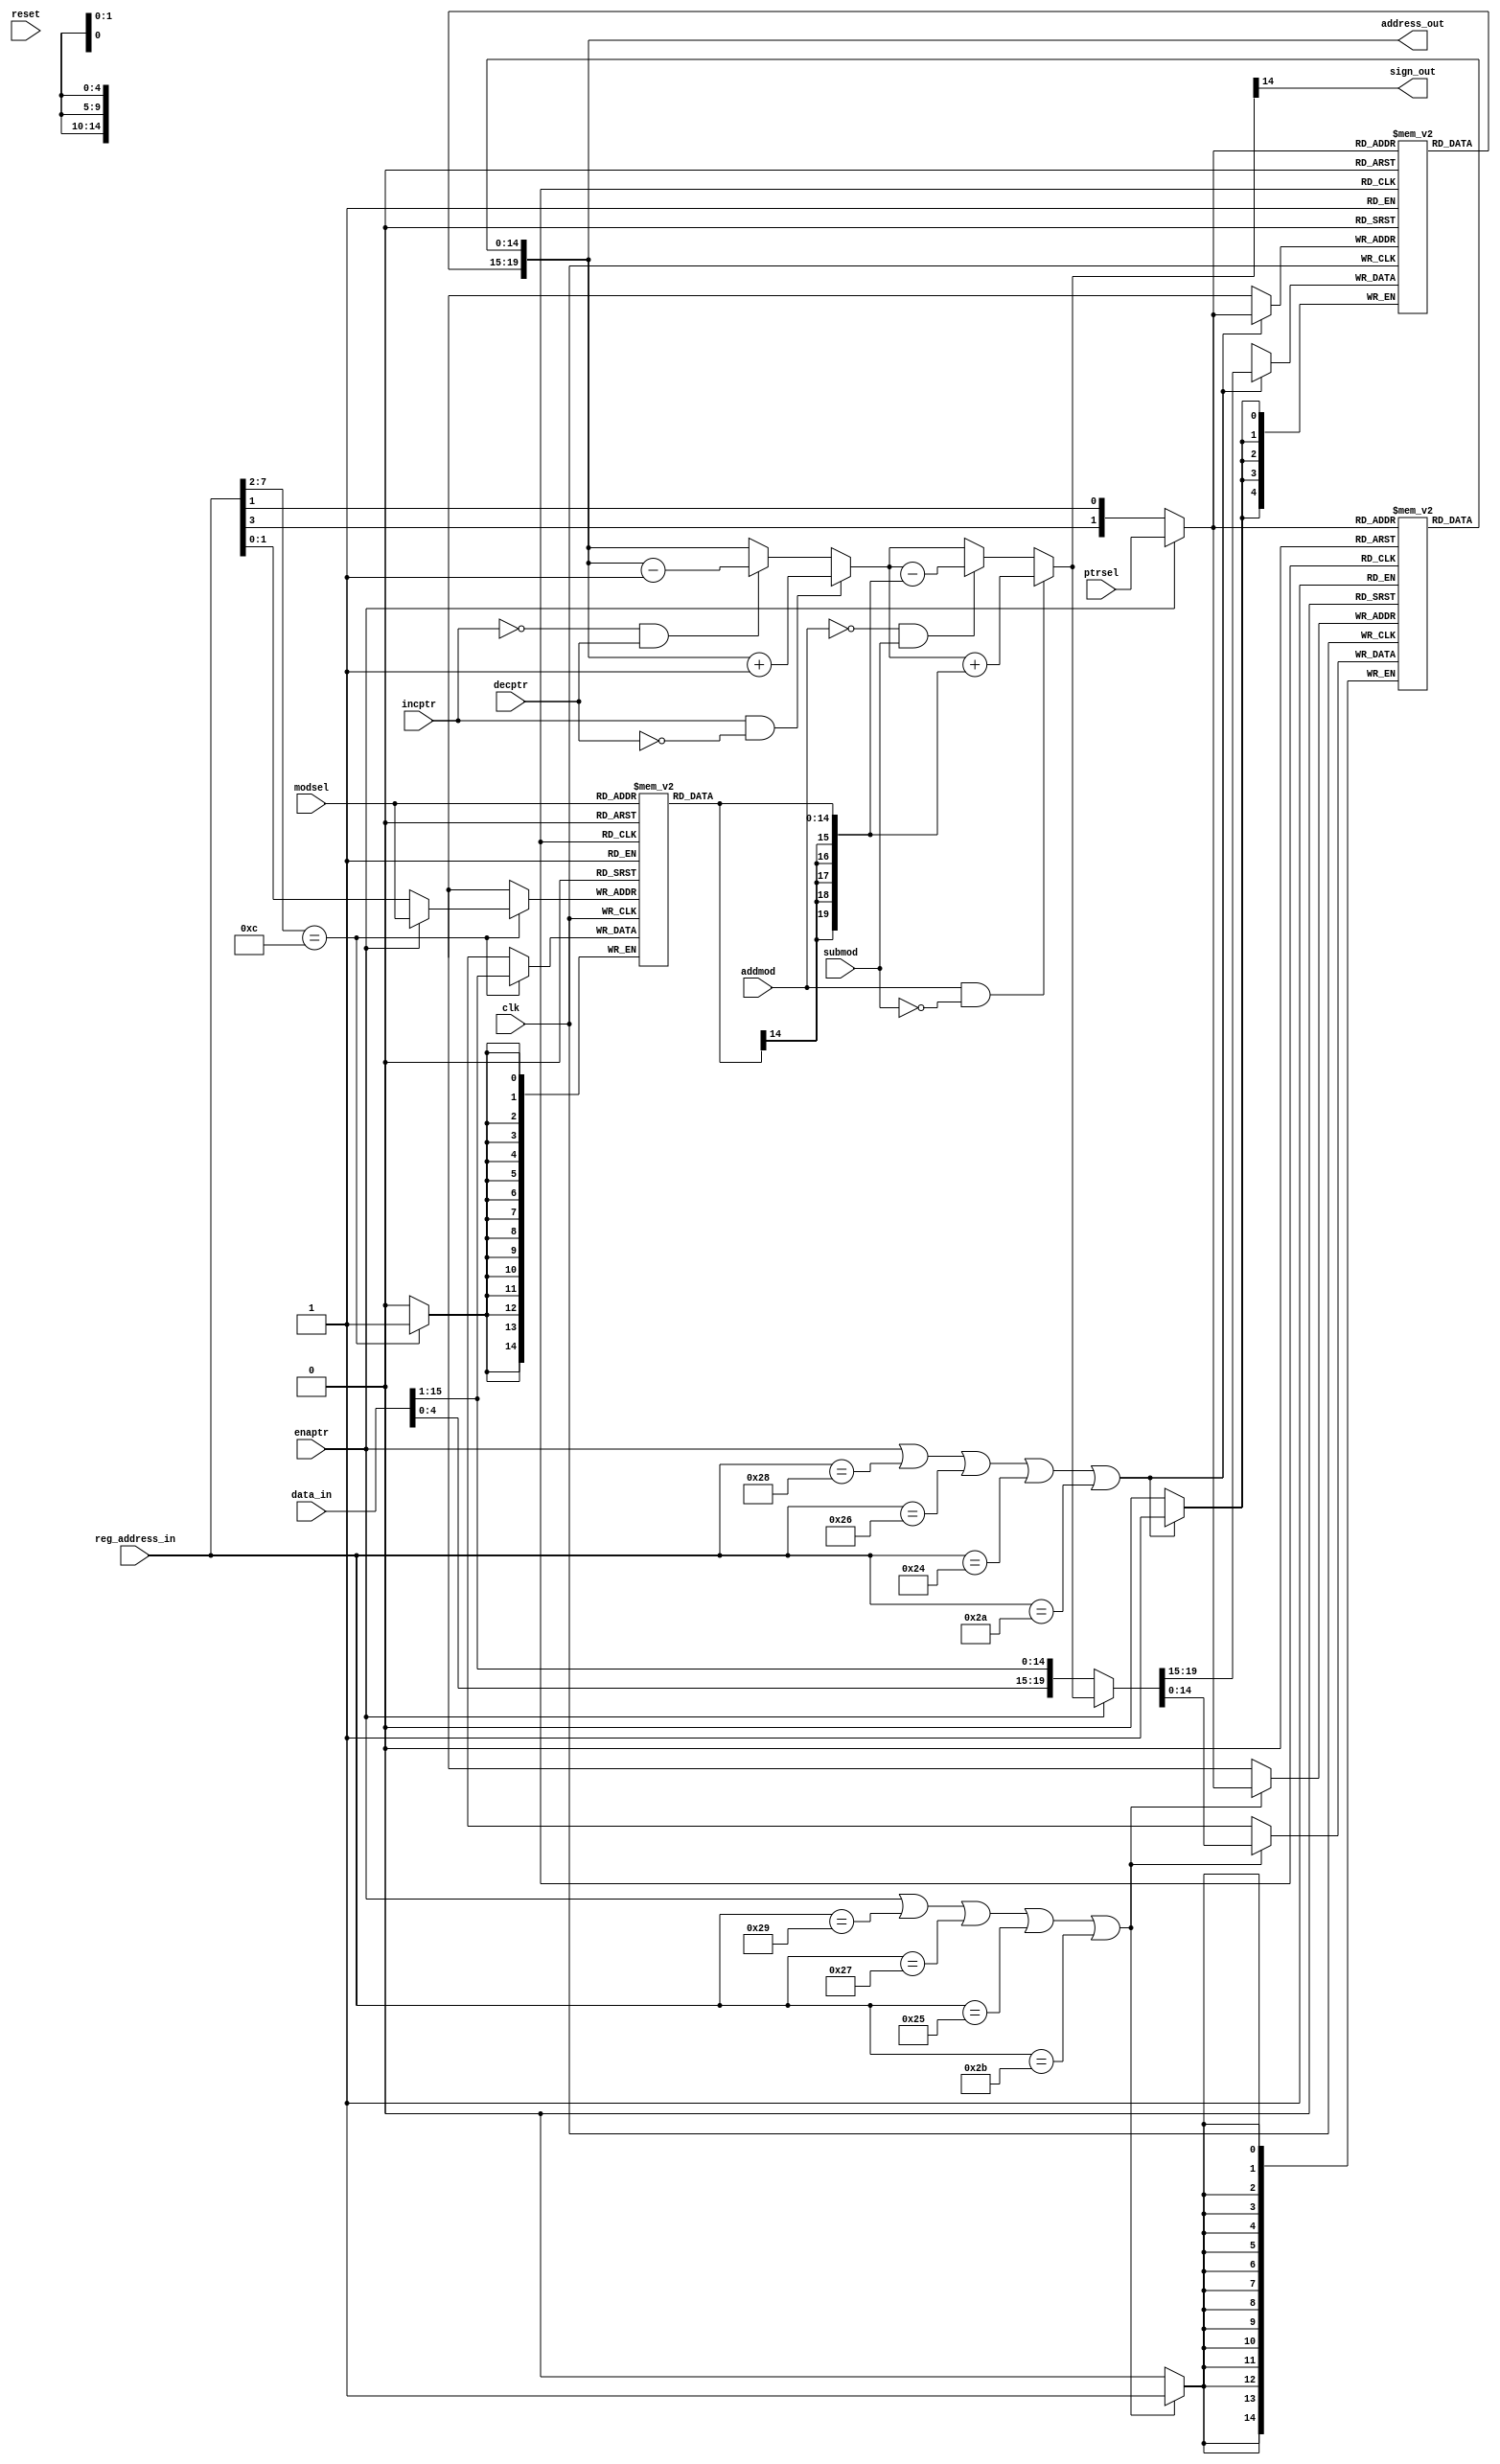
module address_generator_1
(
	input	clk,					
	input	reset,					
	input	[1:0] ptrsel,			
	input	[1:0] modsel,			
	input	enaptr,					
	input	incptr,					
	input	decptr,					
	input	addmod,					
	input	submod,					
	output	sign_out,				
	input	[15:0] data_in,			
	input	[8:1] reg_address_in,	
	output	[20:1] address_out		
);
parameter BLTAMOD = 9'h064;
parameter BLTBMOD = 9'h062;
parameter BLTCMOD = 9'h060;
parameter BLTDMOD = 9'h066;
parameter BLTAPTH = 9'h050;
parameter BLTAPTL = 9'h052;
parameter BLTBPTH = 9'h04c;
parameter BLTBPTL = 9'h04e;
parameter BLTCPTH = 9'h048;
parameter BLTCPTL = 9'h04a;
parameter BLTDPTH = 9'h054;
parameter BLTDPTL = 9'h056;
parameter CHA = 2'b10;			
parameter CHB = 2'b01;			
parameter CHC = 2'b00;			
parameter CHD = 2'b11;			
wire 	[1:0]	bltptr_sel;		
wire 	[20:1]	bltptr_in;		
reg		[20:16] bltpth [3:0];	
wire	[20:16] bltpth_out;		
reg		[15:1]  bltptl [3:0];	
wire	[15:1]  bltptl_out;		
wire	[20:1]	bltptr_out;		
wire 	[1:0]	bltmod_sel;		
reg		[15:1]  bltmod [3:0];	
wire	[15:1]  bltmod_out;		
reg		[20:1]  newptr;			
reg 	[20:1]	t_newptr; 		
assign bltptr_in[20:1] = enaptr ? newptr[20:1] : {data_in[4:0], data_in[15:1]};
assign bltptr_sel = enaptr ? ptrsel : {reg_address_in[4],reg_address_in[2]};
always @(posedge clk)
	if (enaptr || reg_address_in[8:1]==BLTAPTH[8:1] || reg_address_in[8:1]==BLTBPTH[8:1] || reg_address_in[8:1]==BLTCPTH[8:1] || reg_address_in[8:1]==BLTDPTH[8:1])
		bltpth[bltptr_sel] <= bltptr_in[20:16];
assign bltpth_out = bltpth[bltptr_sel];		
always @(posedge clk)
	if (enaptr || reg_address_in[8:1]==BLTAPTL[8:1] || reg_address_in[8:1]==BLTBPTL[8:1] || reg_address_in[8:1]==BLTCPTL[8:1] || reg_address_in[8:1]==BLTDPTL[8:1])
		bltptl[bltptr_sel] <= bltptr_in[15:1];
assign bltptl_out = bltptl[bltptr_sel];
assign bltptr_out = {bltpth_out, bltptl_out};	
assign address_out = bltptr_out;
assign bltmod_sel = enaptr ? modsel : reg_address_in[2:1];
always @(posedge clk)
	if (reg_address_in[8:3]==BLTAMOD[8:3])
		bltmod[bltmod_sel] <= data_in[15:1];
assign bltmod_out = bltmod[modsel];
always @(incptr or decptr or bltptr_out)
	if (incptr && !decptr)
		t_newptr = bltptr_out + 20'h1; 
	else if (!incptr && decptr)
		t_newptr = bltptr_out - 20'h1; 
	else
		t_newptr = bltptr_out;
always @(addmod or submod or bltmod_out or t_newptr)
	if (addmod && !submod)
		newptr = t_newptr + {{5{bltmod_out[15]}},bltmod_out[15:1]}; 
	else if (!addmod && submod)
		newptr = t_newptr - {{5{bltmod_out[15]}},bltmod_out[15:1]}; 
	else
		newptr = t_newptr;
assign sign_out = newptr[15]; 
endmodule